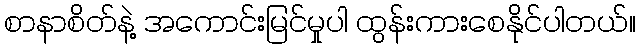
စာနာစိတ်နဲ့ အကောင်းမြင်မှုပါ ထွန်းကားစေနိုင်ပါတယ်။